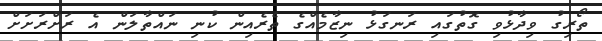
ތޯރިގު ވިދާޅުވި ގޮތުގައި ރަނގަޅު ނިޒާމެއްގެ ތެރެއިން ކުނި ނައްތާލަން އެ ރަށްރަށަށް